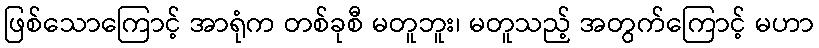
ဖြစ်သောကြောင့် အာရုံက တစ်ခုစီ မတူဘူး၊ မတူသည့် အတွက်ကြောင့် မဟာ